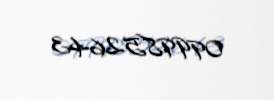
0999852643